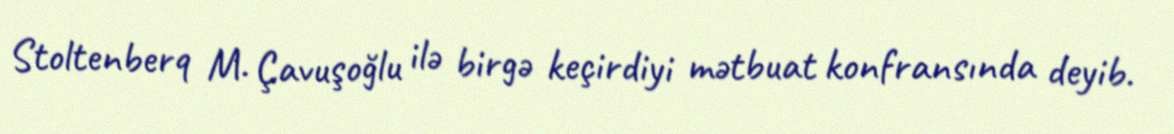
Stoltenberq M. Çavuşoğlu ilə birgə keçirdiyi mətbuat konfransında deyib.